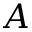
A